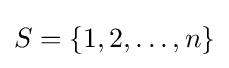
S=\{1,2,\ldots ,n\}